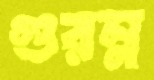
গুরম্ন